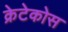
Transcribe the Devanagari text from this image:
क्रेटेकोस